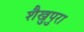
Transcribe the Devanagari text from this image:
शैखुपुरा